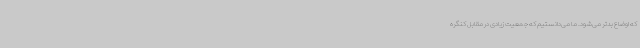
که اوضاع بدتر می‌شود. ما می‌دانستیم که جمعیت زیادی در مقابل کنگره